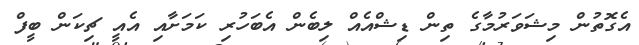
އެގޮތުން މިޝަވަރުމާގެ ތިން ޑިޝްއެއް ލިބެން އެބަހުރި ކަމަށާއި އެއީ ޗިކަން ބީފް